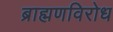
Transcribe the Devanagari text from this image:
ब्राह्मणविरोध